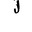
Letter: _lam